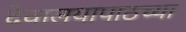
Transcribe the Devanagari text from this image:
देवालयापाठच्या